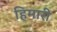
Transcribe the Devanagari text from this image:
हिमारी